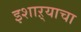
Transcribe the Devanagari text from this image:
इशाऱ्याचा